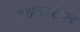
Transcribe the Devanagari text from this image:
न्यायखंडन